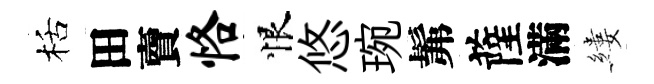
栝田𧶠恪恨悠琬髴薩滿縷